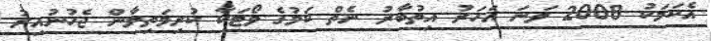
އެކަމަކު 2008 ވަނަ އަހަރު އިތުބާރު ނެތް ކަމުގެ ވޯޓަކާ ކުރިމަތިލާން ޖެހުނުއިރު